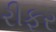
રીફર